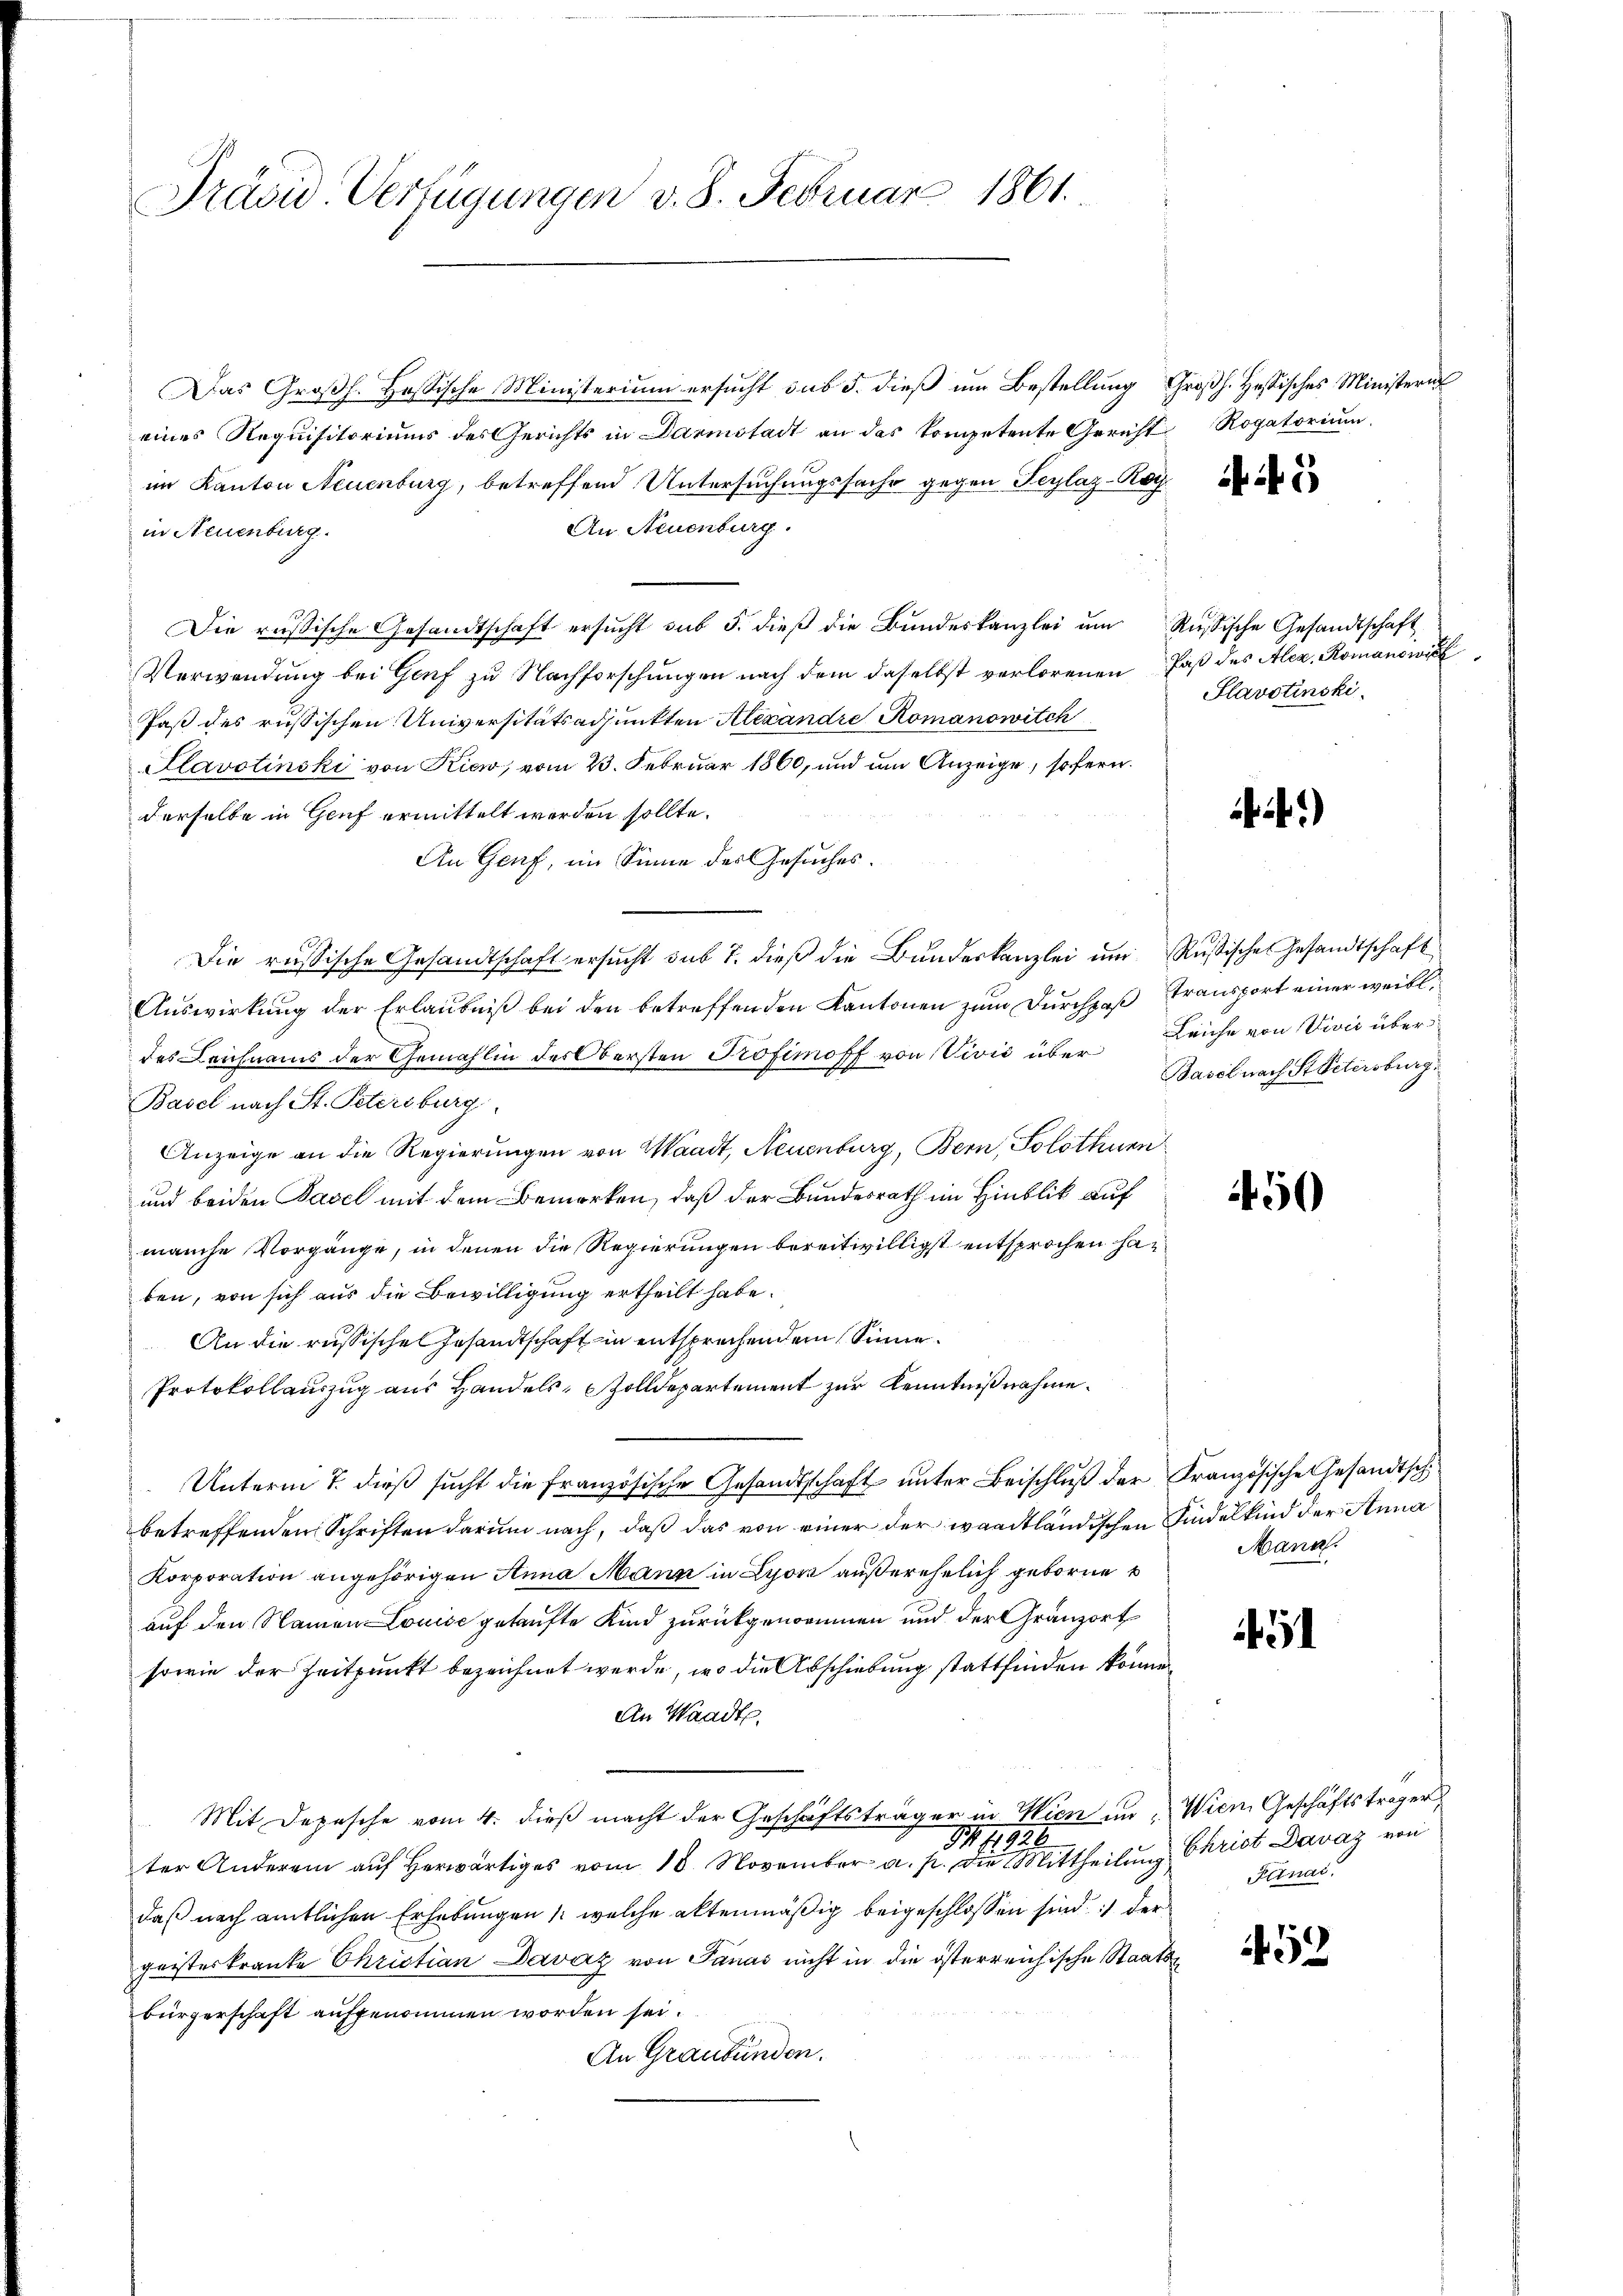
Präsid. Verfügungen v. 8. Februar 1861.

Das Großh. Hassische Ministerium ersucht sub 5. dieß um Bestellung Großh. Hessisches Ministerin
eines Requisitoriums des Gerichts in Darmstadt an das kompetente Gericht Rogatorium
im Kanton Neuenburg, betreffend Untersuchungssache gegen Teglaz-Kay¬
An Neuenburg.
in Neuenburg
Die russische Gesandtschaft ersŭcht sub 5. dieβ die Bŭndeskanzlei ŭm Russische Gesandtschaft
Verwendung bei Genf zu Nachforschungen nach dem daselbst verlorenen Paß des Alex. Romanowic
Pas des russischen Universitätsadjunkten Alexandre Romanowitch
Plavotinski von Kiew, vom 23. Februar 1860, und um Anzeige, sofern.
derselbe in Genf ermittelt werden sollte.
An Genf, im Sinne des Gesuches.
Die russische Gesandtschaft ersucht sub 7. dieß die Bundeskanzlei um Rußisches Gesandtschaft
Auswirkung der Erlaubniß bei den betreffenden Kantonen zum Durchpaß
des Leichnams der Gemahlin des Obersten Profimoff von Vivić über Leiche von Vivić über¬
Basel nach St. Petersburg
Anzeige an die Regierungen von Waadt, Neuenburg, Bern, Solothurn
und beiden Basel mit dem Bemerken, daß der Bundesrath im Hinblik auf
manche Vorgänge, in denen die Regierungen bereitwilligst entsprochen haben, von sich aus die Bewilligung ertheilt habe.
An die russische Gesandtschaft in entsprechendem Sinne¬
Protokollauszug aus Handels, Zolldepartement zur Kenntnißnahme.
Unterm 7. dieβ sŭcht die französische Gesandtschaft ŭnter Beischlŭβ der Französische Gesandtsch
betreffenden Schriften darum nach, daß das von einer der waadtländischen Kindelkind der Anna
Korporation angehörigen Anna Mann in Lyon außerehelich geborne
auf den Namen Louise gekaufte Kind zurückgenommen und der Gränzort
sowie der Zeitpunkt bezeichnet werde, wo die Abschiebung stattfinden könne.
An Waadt
Mit Depesche vom 4. dieß macht der Geschäftsträger in Wien in „Wien Geschäftsträger
141826
ter Anderen aŭf herwärtiges vom 18. November a. p. die Mittheilŭng Christ Davaz von
daß nach amtlichen Erhebungen /: welche altenmäßig beigeschlossen sind der
geisteskranke Christian Davaz von Panás nicht in die österreichische Staatsbürgerschaft aufgenommen worden sei.
An Graubünden.

5

Slavotinski

)

transport einer weibl
Basel nach Stretersburg

450

Mann.

451

Funai.

452